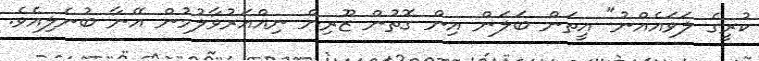
ކުރީގެ ލަވައެއްނު" އީތަން ބަލަން އިން ގޮތުން ޒޫރިން ނިއްއަރުވާލުމުން އޭނާ ބުނެލިއެވެ.